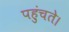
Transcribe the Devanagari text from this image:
पहुंचते।